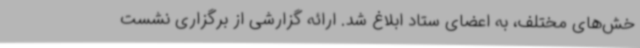
خش‌های مختلف، به اعضای ستاد ابلاغ شد. ارائه گزارشی از برگزاری نشست